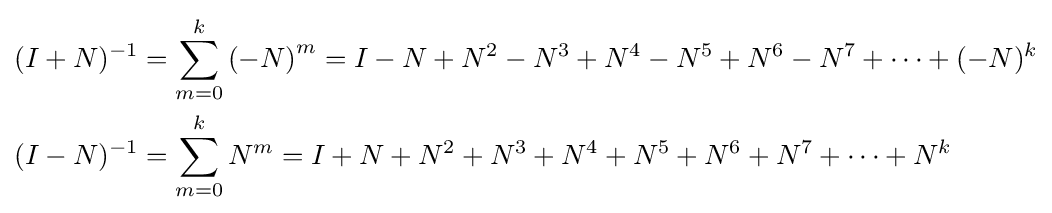
{\begin{aligned}(I+N)^{-1}&=\displaystyle \sum _{m=0}^{k}\left(-N\right)^{m}=I-N+N^{2}-N^{3}+N^{4}-N^{5}+N^{6}-N^{7}+\cdots +(-N)^{k}\\(I-N)^{-1}&=\displaystyle \sum _{m=0}^{k}N^{m}=I+N+N^{2}+N^{3}+N^{4}+N^{5}+N^{6}+N^{7}+\cdots +N^{k}\\\end{aligned}}